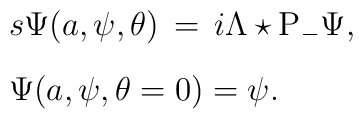
\begin{array}{l}{s \Psi(a,\psi,\theta)\,=\,i\Lambda\star {\rm P}_{-}\Psi,}\\[9pt]{\Psi(a,\psi,\theta=0)=\psi.}\\[9pt]\end{array}